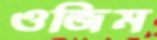
ওজিম